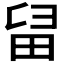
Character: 𤱚